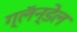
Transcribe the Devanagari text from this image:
ग्लॅन्डेल